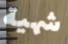
شهية